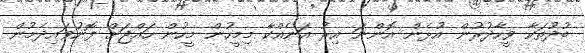
ބުދުތަކާ ވީހާދުރުން އުޅެން އޮންނަ އިރު އަނެއްކާ މިމީހުން މީހުން ހައްޖަށް ފޮނުވައިދެމުން